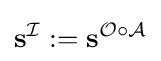
\mathbf {s} ^{\mathcal {I}}:=\mathbf {s} ^{{\mathcal {O}}\circ {\mathcal {A}}}